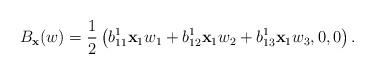
LaTeX: \begin{align*}B_{{\mathbf x}}(w)=\displaystyle\frac{1}{2}\left(b_{11}^1{\mathbf x}_1w_1+b_{12}^1{\mathbf x}_1w_2+b_{13}^1{\mathbf x}_1w_3, 0, 0\right).\end{align*}